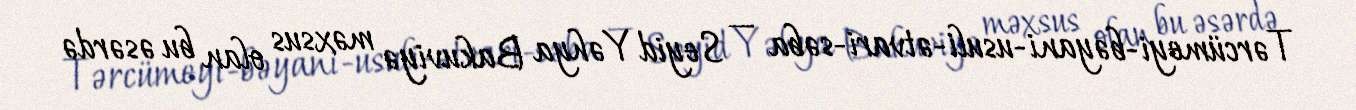
Tərcümeyi-bəyani-usuli-ətvari-səba — Seyid Yəhya Bakuviyə məxsus olan bu əsərdə